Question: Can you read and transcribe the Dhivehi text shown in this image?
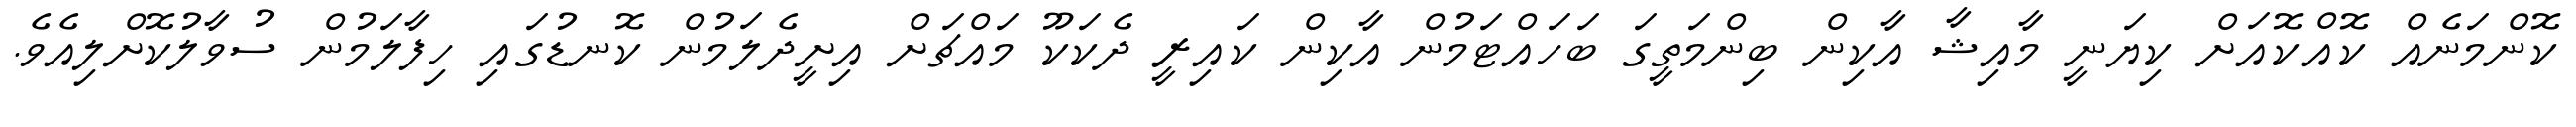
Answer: ކޮންމަނެއް ކޮއްކޮއަށް ކިޔަނީ މާއިޝާ އާކިން ބިންމަތީގަ ބަހައްޓަމުން އާކިން ކައިރީ ދެކަކޫ މައްޗަށް އިށީދެލަމުން ކޮނޑުގައި ހިފާލަމުން ސުވާލުކޮށްލިއެވެ.